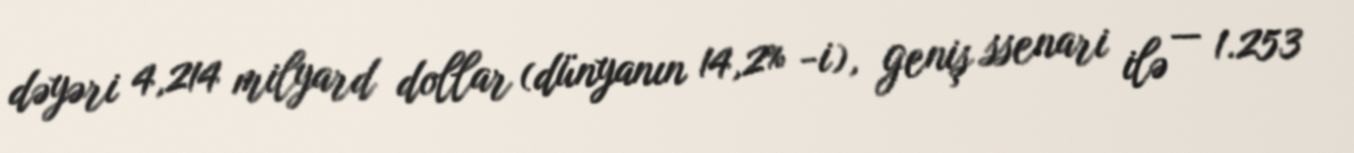
dəyəri 4,214 milyard dollar (dünyanın 14,2% -i), geniş ssenari ilə — 1.253